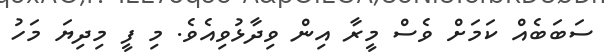
ސަބަބެއް ކަމަށް ވެސް މީރާ އިން ވިދާޅުވިއެވެ. މި ފީ މިދިޔަ މަހު